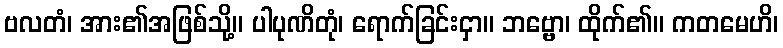
ဗလတံ၊ အား၏အဖြစ်သို့။ ပါပုဏိတုံ၊ ရောက်ခြင်းငှာ။ ဘဗ္ဗော၊ ထိုက်၏။ ကတမေဟိ၊